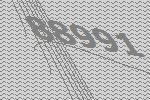
88991